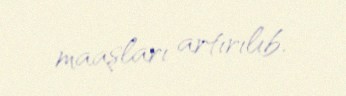
maaşları artırılıb.